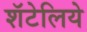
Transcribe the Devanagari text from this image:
शॅटेलिये